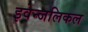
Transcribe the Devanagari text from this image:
इवेन्जलिकल